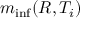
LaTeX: m _ { \operatorname* { i n f } } ( R , T _ { i } )